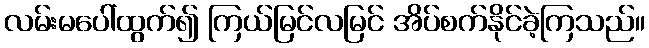
လမ်းမပေါ်ထွက်၍ ကြယ်မြင်လမြင် အိပ်စက်နိုင်ခဲ့ကြသည်။